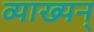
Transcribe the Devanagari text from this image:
व्याख्यन्